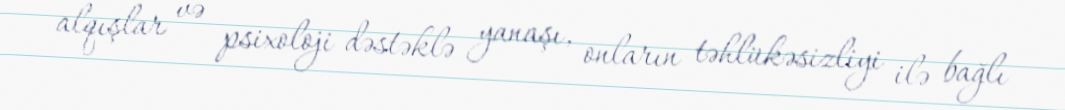
alqışlar və psixoloji dəstəklə yanaşı, onların təhlükəsizliyi ilə bağlı